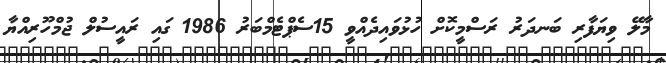
މާލޭ ވިޔަފާރި ބަނދަރު ރަސްމީކޮށް ހުޅުވައިދެއްވީ 15ސެޕްޓެމްބަރު 1986 ގައި ރައީސުލް ޖުމްހޫރިއްޔާ